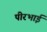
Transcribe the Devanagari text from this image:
पीरभाई